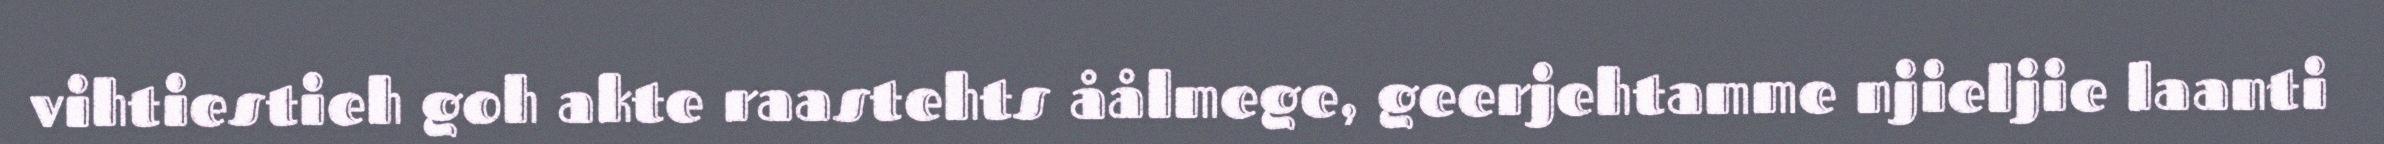
vihtiestieh goh akte raastehts åålmege, geerjehtamme njieljie laanti